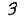
Digit: 3